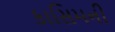
કાસિમની